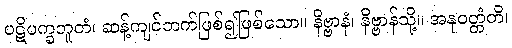
ပဋိပက္ခဘူတံ၊ ဆန့်ကျင်ဘက်ဖြစ်၍ဖြစ်သော။ နိဗ္ဗာနံ၊ နိဗ္ဗာန်သို့။ အနုဝတ္တံတိ၊